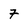
Character: 7